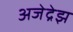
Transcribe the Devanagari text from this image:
अजेद्रेझ